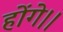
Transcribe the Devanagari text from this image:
होंगे।।